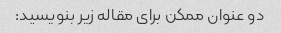
دو عنوان ممکن برای مقاله زیر بنویسید: